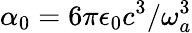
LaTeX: \alpha_{0}=6\pi\epsilon_{0}c^{3}/\omega_{a}^{3}